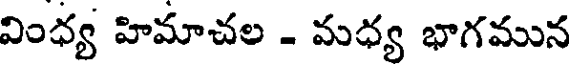
వింధ్య హిమాచల - మధ్య భాగమున